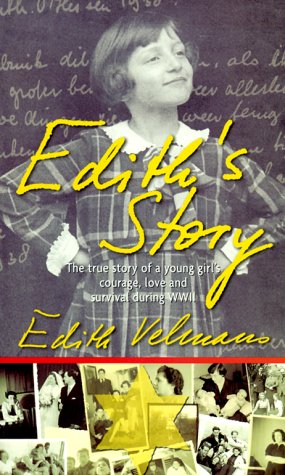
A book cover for Edith's Story; Edith Velmans-Van Hessen; Biographies & Memoirs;